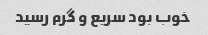
خوب بود سریع و گرم رسید